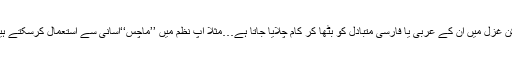
لیکن غزل میں ان کے عربی یا فارسی متبادل کو بٹھا کر کام چلایا جاتا ہے…مثلاً آپ نظم میں ’’ماچس‘‘آسانی سے استعمال کرسکتے ہیں ۔